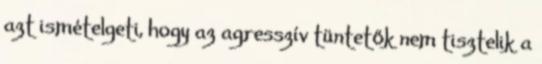
azt ismételgeti, hogy az agresszív tüntetők nem tisztelik a